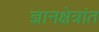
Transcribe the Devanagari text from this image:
ज्ञानक्षेत्रांत